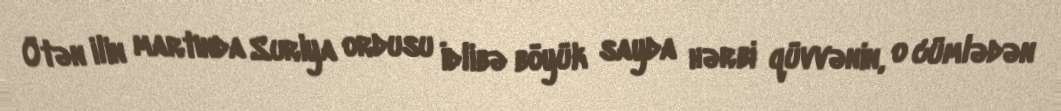
Ötən ilin martında Suriya ordusu İdlibə böyük sayda hərbi qüvvənin, o cümlədən